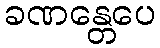
ခဏန္တေပေ